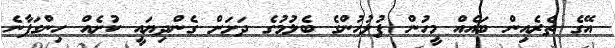
އޭގެ ތެރެއިން ބައެއް މީހުން ފުލުހުންގެ ބެލުމުގެ ދަށަށް ގެންދިޔައީ ކުށެއް ހިންގަފާނެ